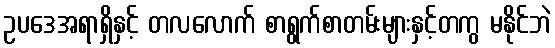
ဥပဒေအရာရှိနှင့် တလလောက် စာရွက်စာတမ်းများနှင့်တကွ မနိုင်ဘဲ